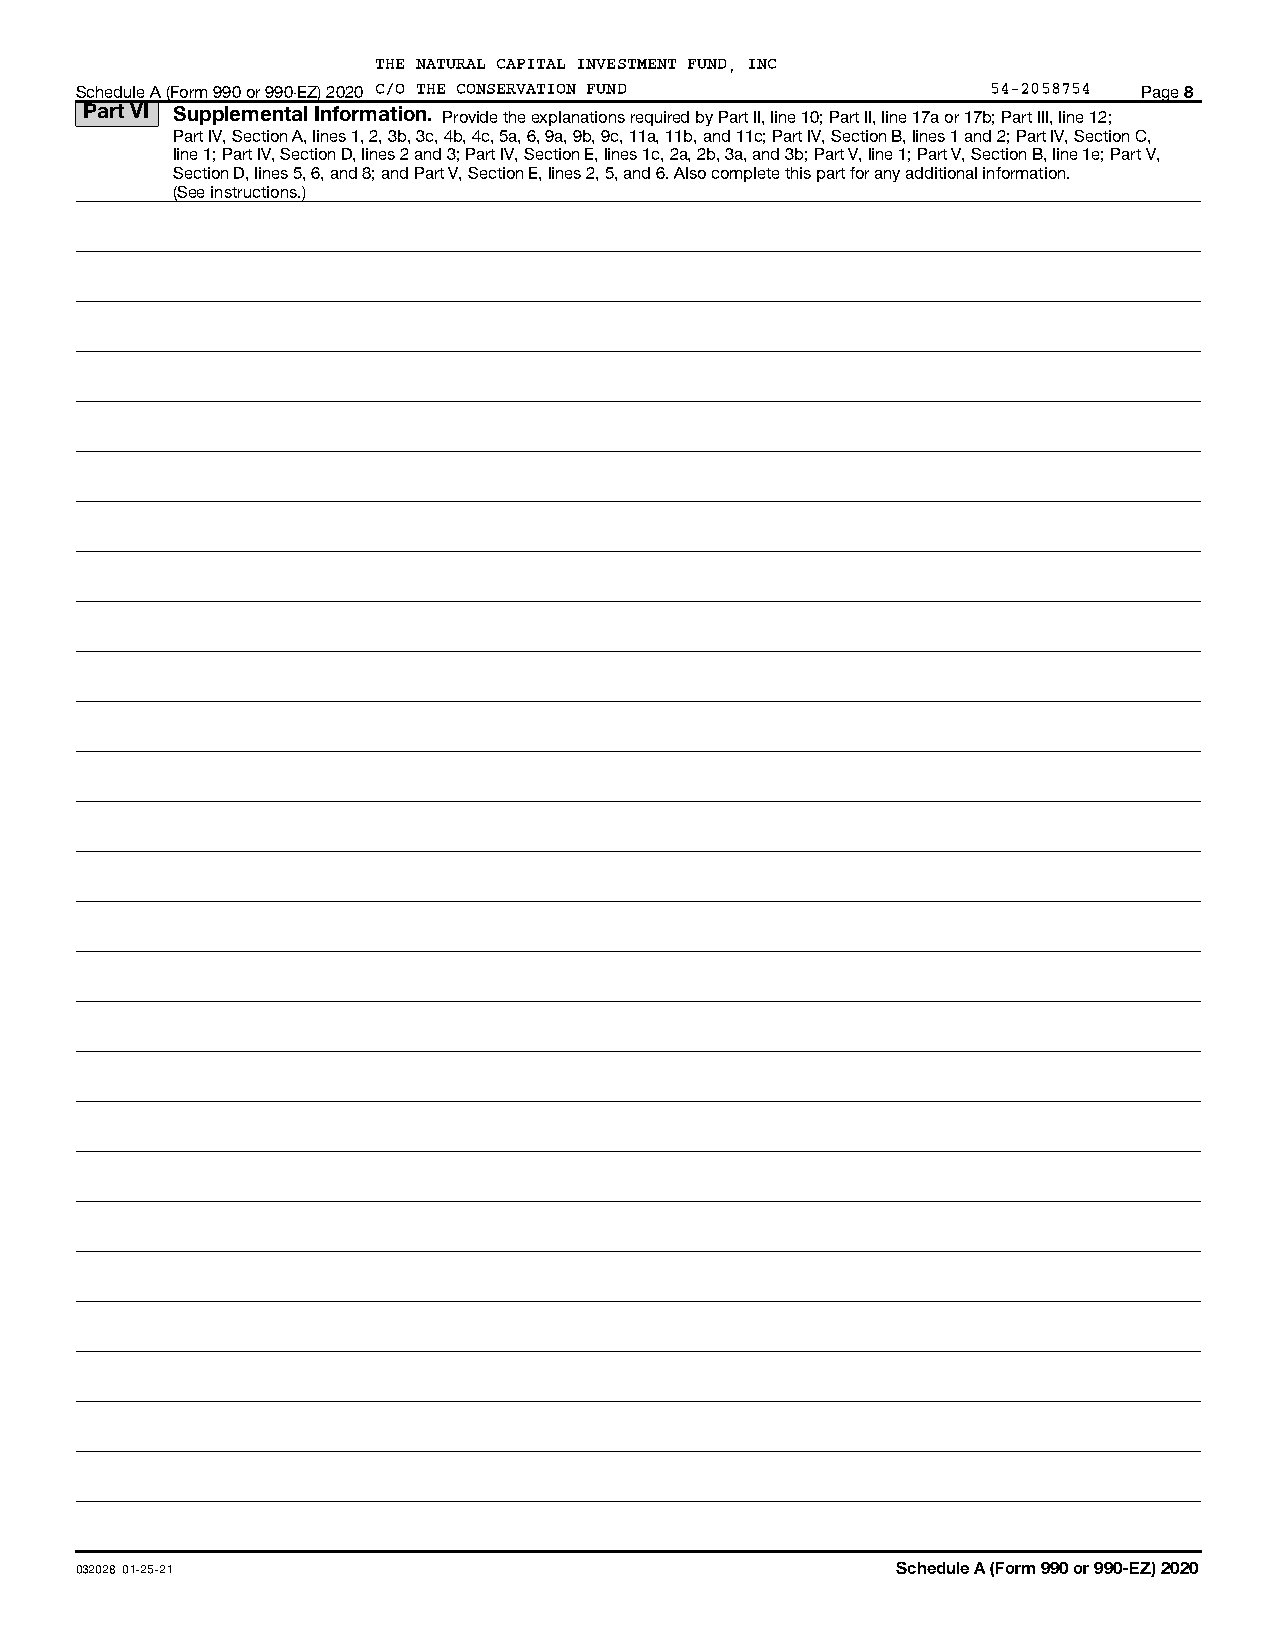
THE NATURAL CAPITAL INVESTMENT FUND, INC
 Schedule A (Form 990 or 990-EZ) 2020 C/O THE CONSERVATION FUND 54-2058754 Page 8
 Part VI Supplemental Information. Provide the explanations required by Part II, line 10; Part II, line 17a or 17b; Part III, line 12;
 Part IV, Section A, lines 1, 2, 3b, 3c, 4b, 4c, 5a, 6, 9a, 9b, 9c, 11a, 11b, and 11c; Part IV, Section B, lines 1 and 2; Part IV, Section C,
 line 1; Part IV, Section D, lines 2 and 3; Part IV, Section E, lines 1c, 2a, 2b, 3a, and 3b; Part V, line 1; Part V, Section B, line 1e; Part V,
 Section D, lines 5, 6, and 8; and Part V, Section E, lines 2, 5, and 6. Also complete this part for any additional information.
 (See instructions.)
 032028 01-25-21                                       Schedule A (Form 990 or 990-EZ) 2020